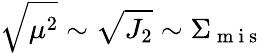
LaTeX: \sqrt{\mu^{2}}\sim\sqrt{J_{2}}\sim\Sigma_{\mathrm{~m~i~s~}}